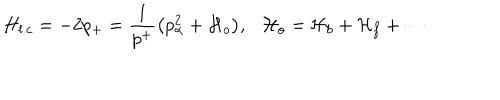
H _ { l . c } = - 2 p _ { + } = { \frac { 1 } { p ^ { + } } } \big ( { p _ { \alpha } ^ { 2 } + { \cal H } _ { o } } \big ) , { \cal H } _ { o } = { \cal H } _ { b } + { \cal H } _ { f } + \cdots